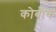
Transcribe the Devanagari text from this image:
कोबौक